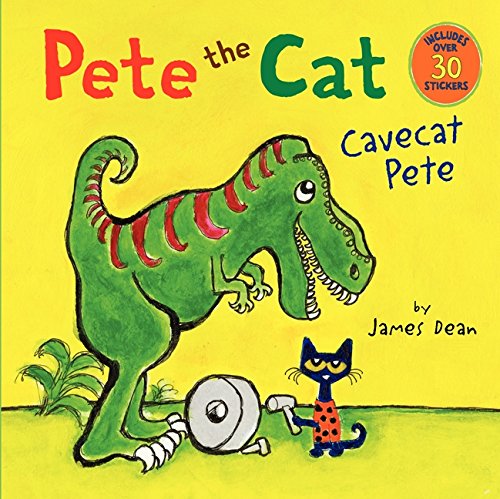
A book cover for Pete the Cat: Cavecat Pete; James Dean; Children's Books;